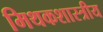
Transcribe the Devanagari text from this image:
मिथकशास्त्रीय